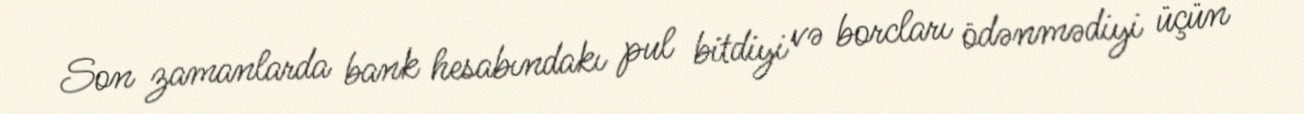
Son zamanlarda bank hesabındakı pul bitdiyi və borcları ödənmədiyi üçün